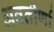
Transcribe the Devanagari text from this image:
अवतीर्णा